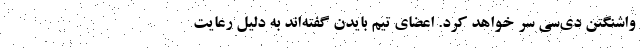
واشنگتن دی‌سی سر خواهد کرد. اعضای تیم بایدن گفته‌اند به دلیل رعایت